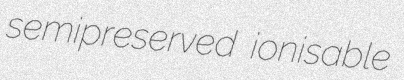
semipreserved ionisable